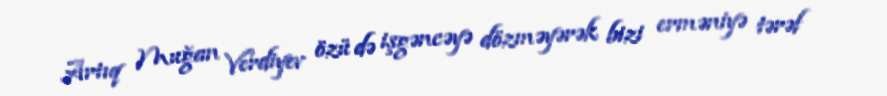
Artıq Muğan Verdiyev özü də işgəncəyə dözməyərək bizi erməniyə tərəf